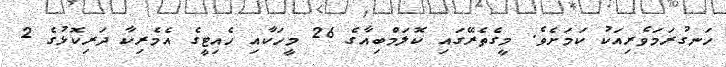
ހަނގުރަމަވެރިއަކު ކަމަށެވެ. މީގެތެރޭގައި ކޮލަމްބިއާގެ 26 މީހަކާއި ހެއިޓީގެ އެމެރިކާ ދަރިކޮޅުގެ 2